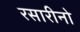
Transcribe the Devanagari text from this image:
रसारीनो